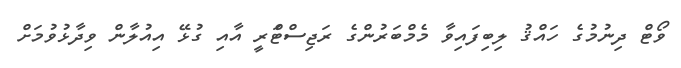
ވޯޓް ދިނުމުގެ ހައްޤު ލިބިފައިވާ މެމްބަރުންގެ ރަޖިސްޓްަރީ އާއި ގުޅޭ އިއުލާން ވިދާޅުވުމަށް